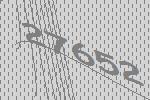
27652